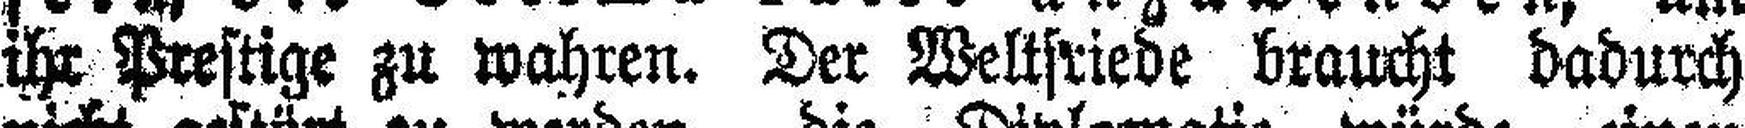
ihr Prestige zu wahren. Der Weltsriede braucht dadurch